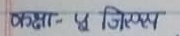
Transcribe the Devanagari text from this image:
प्रक्षा- ५ जिस्य